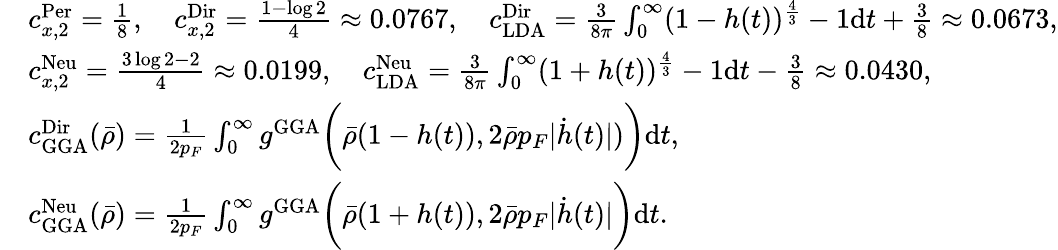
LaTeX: \begin{array}{rl}&{c_{x,2}^{\textnormal{Per}}=\frac{1}{8},\quad c_{x,2}^{\textnormal{Dir}}=\frac{1-\log 2}{4}\approx 0.0767,\quad c_{\mathrm{LDA}}^{\textnormal{Dir}}=\frac{3}{8\pi}\int_{0}^{\infty}(1-h(t))^{\frac{4}{3}}-1\mathrm{d}t+\frac{3}{8}\approx 0.0673,}\\ &{c_{x,2}^{\textnormal{Neu}}=\frac{3\log 2-2}{4}\approx 0.0199,\quad c_{\mathrm{LDA}}^{\textnormal{Neu}}=\frac{3}{8\pi}\int_{0}^{\infty}(1+h(t))^{\frac{4}{3}}-1\mathrm{d}t-\frac{3}{8}\approx 0.0430,}\\ &{c_{\mathrm{GGA}}^{\textnormal{Dir}}(\bar{\rho})=\frac{1}{2p_{F}}\int_{0}^{\infty}g^{\mathrm{GGA}}\biggr(\bar{\rho}(1-h(t)),2\bar{\rho}p_{F}|\dot{h}(t)|)\biggl)\mathrm{d}t,}\\ &{c_{\mathrm{GGA}}^{\textnormal{Neu}}(\bar{\rho})=\frac{1}{2p_{F}}\int_{0}^{\infty}g^{\mathrm{GGA}}\biggr(\bar{\rho}(1+h(t)),2\bar{\rho}p_{F}|\dot{h}(t)|\biggl)\mathrm{d}t.}\end{array}